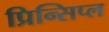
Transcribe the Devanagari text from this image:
प्रिन्सिप्ल